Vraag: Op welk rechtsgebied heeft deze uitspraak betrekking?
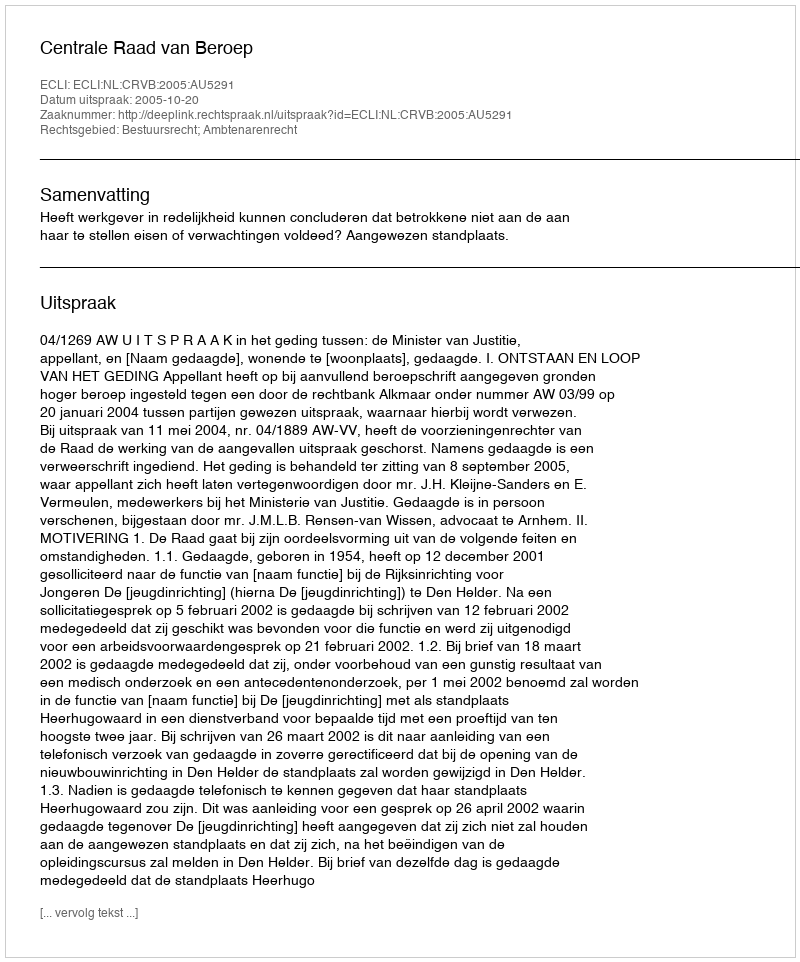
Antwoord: Bestuursrecht; Ambtenarenrecht